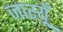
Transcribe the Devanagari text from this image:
जास्यूँ